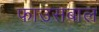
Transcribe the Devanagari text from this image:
फाउसबाल